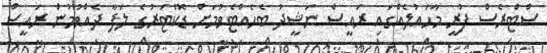
ސްޓްރެސް ފުރީ މާހައުލެއްގައި ރައީސް ނަޝީދު ބެހެއްޓެވުމަށް ޑޮކްޓަރުގެ ލަފާ ދެއްވުމުން ރައީސް